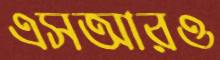
এসআরও